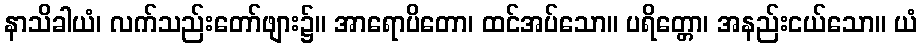
နာသိခါယံ၊ လက်သည်းတော်ဖျား၌။ အာရောပိတော၊ ထင်အပ်သော။ ပရိတ္တော၊ အနည်းငယ်သော။ ယံ